Vaccination United Provinces of Agra and Oudh 1902-1913 - 1902-1913
Year: 1902
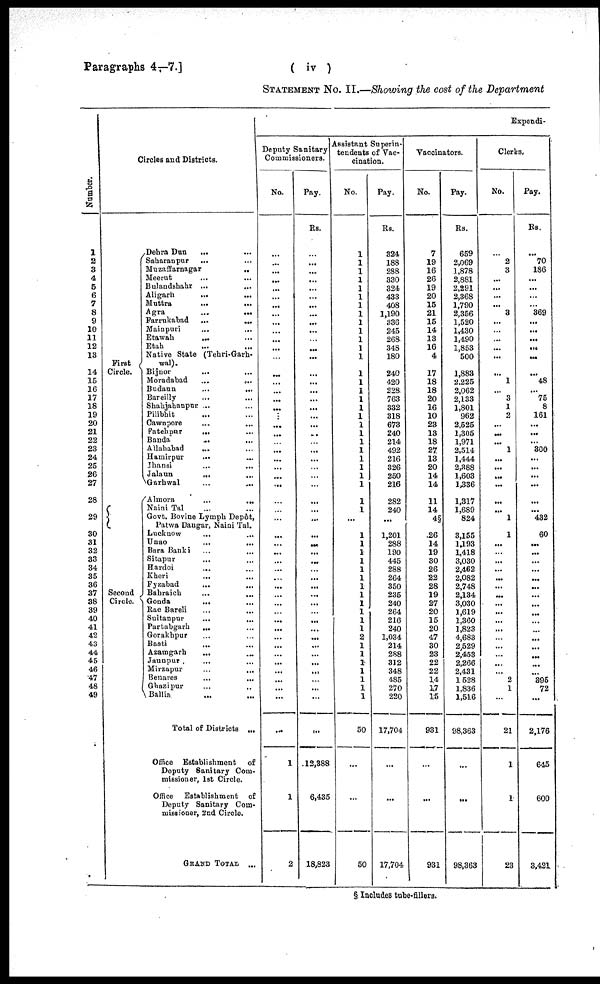
Paragraphs 4—7.]
( iv )
STATEMENT No. II.—Showing the cost of the Department
Number.
1
2
3
4
5
6
7
8
9
10
11
12
13
14
15
16
17
18
19
20
21
22
23
24
25
26
27
28
29
30
31
32
33
34
35
36
37
38
39
40
41
42
43
44
45
46
47
48
49
Circles and Districts.
First
Circle.
Second
Circle.
Dehra Dun
...
Saharanpur ... ...
Muzaffarnagar
...
Meerut ... ...
Bulandshahr ...
Aligarh
...
...
Muttra
...
...
Agra
...
...
Farrukabad
...
...
Mainpuri ... ...
Etawah
... ...
Etah ... ...
Native State (Tehri-Garh¬
wal).
Bijnor ... ...
Moradabad
...
...
Budaun
...
...
Bareilly ... ...
Shahjahanpnr ... ...
Pilibhit ... ...
Cawnpore
...
...
Fatehpur
... ...
Banda
... ...
Allahabad
... ...
Hamirpur
... ...
Jhansi
...
...
Jalaun
... ...
Garhwal
...
...
Almora
...
...
Naini Tal ... ...
Govt. Bovine Lymph Depôt,
Patwa Dangar, Naini Tal.
Lucknow ... ...
Unao
...
...
Bara Banki
...
...
Sitapur ... ...
Hardoi ... ...
Kheri ... ...
Fyzabad
...
...
Bahraich
...
...
Gonda
...
Rae Bareli ... ...
Sultanpur
...
...
Partabgarh ... ...
Gorakhpur ... ...
Basti
... ...
Azamgarh
... ...
Jaunpur ... ...
Mirzapur
...
...
Benares
...
...
Ghazipur ... ...
Ballia ... ...
Total of Districts ...
Office Establishment
of
Deputy Sanitary Com-
missioner, 1st Circle.
Office Establishment of
Deputy Sanitary Com-
missioner, 2nd Circle.
GRAND TOTAL ...
Expendi-
Deputy Sanitary
Commissioners.
No.
...
...
...
...
...
...
...
...
...
...
...
...
...
...
...
...
...
...
...
...
...
...
...
...
...
...
...
...
...
...
...
...
...
...
...
...
...
...
...
...
...
...
...
...
...
...
...
...
...
...
...
1
1
2
Pay.
Rs.
...
...
...
...
...
...
...
...
...
...
...
...
...
...
...
...
...
...
...
...
...
...
...
...
...
...
...
...
...
...
...
...
...
...
...
...
...
...
...
...
...
...
...
...
...
...
...
...
...
...
...
12,388
6,435
18,823
Assistant Superin-
tendents of Vac-
cination.
No.
...
...
...
...
...
...
...
...
...
...
...
...
...
...
...
...
...
...
...
...
...
...
...
...
...
...
...
...
...
...
...
...
...
...
...
...
...
...
...
...
...
...
...
...
...
...
...
...
...
...
50
...
...
50
Pay.
Rs.
324
188
288
330
324
433
408
1,190
336
245
268
348
180
240
420
228
763
332
318
673
240
214
492
216
326
250
216
282
240
...
1,201
288
190
445
288
264
350
235
240
264
216
240
1,034
214
288
312
348
485
270
220
17,704
...
...
17,704
Vaccinators.
No.
7
19
16
26
19
20
15
21
15
14
13
16
4
17
18
18
20
16
10
23
13
18
27
13
20
14
14
11
14
4§
26
14
19
30
26
22
28
19
27
20
15
20
47
30
23
22
22
14
17
15
931
...
...
931
Pay.
Rs.
659
2,069
1,878
2,881
2,291
2,368
1,790
2,356
1,520
1,430
1,490
1,853
500
1,883
2,225
2,062
2,133
1,801
962
2,525
1,305
1,971
2,514
1,444
2,388
1,603
1,336
1,317
1,689
824
3,155
1,193
1,418
3,030
2,462
2,082
2,748
2,134
3,030
1,619
1,360
1,823
4,683
2,529
2,453
2,266
2,431
1,528
1,836
1,516
98,363
...
...
98,363
Clerks.
No.
...
2
3
...
...
...
...
3
...
...
...
...
...
...
1
...
3
1
2
...
...
...
1
...
...
...
...
...
...
1
1
...
...
...
...
...
...
...
...
...
...
...
...
...
...
...
...
2
1
...
21
1
1
23
Pay.
Rs.
...
70
186
...
...
...
...
369
...
...
...
...
...
...
48
...
75
8
161
...
...
...
300
...
...
...
...
...
...
432
60
...
...
...
...
...
...
...
...
...
...
...
...
...
395
72
...
2,176
645
600
3,421
§ Includes tube-fillers.